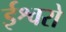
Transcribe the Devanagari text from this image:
ईश्वरो